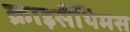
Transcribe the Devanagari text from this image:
क्राइसैंथिमस